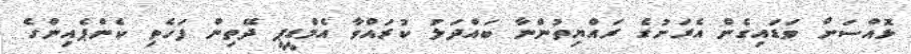
ޅޮއްސަށް ވަޑައިގެން އެރަށުގެ ރައްޔިތުންނާ ބައްދަލު ކުރައްވާ އެމްޑީޕީ ދޭތިން ފަހެތި ކެންޕެއިންގެ